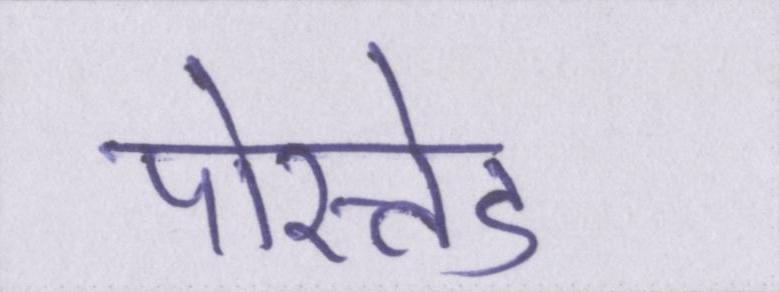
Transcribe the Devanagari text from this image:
पोस्तेड